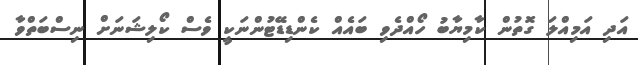
އަދި އަމިއްލަ ގޮތުން ކާމިޔާބު ހޯއްދެވި ބައެއް ކެންޑިޑޭޓުންނަކީ ވެސް ކޯލިޝަނަށް ނިސްބަތްވާ